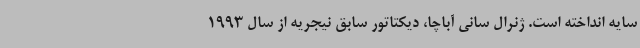
سایه انداخته است. ژنرال سانی آباچا، دیکتاتور سابق نیجریه از سال 1993